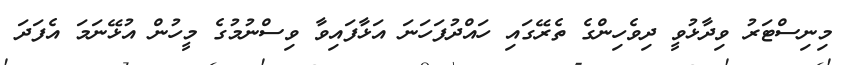
މިނިސްޓަރު ވިދާޅުވީ ދިވެހިންގެ ތެރޭގައި ހައްދުފަހަނަ އަޅާފައިވާ ވިސްނުމުގެ މީހުން އުޅޭނަމަ އެފަދަ